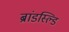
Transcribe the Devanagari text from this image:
ब्रांडस्ल्डि